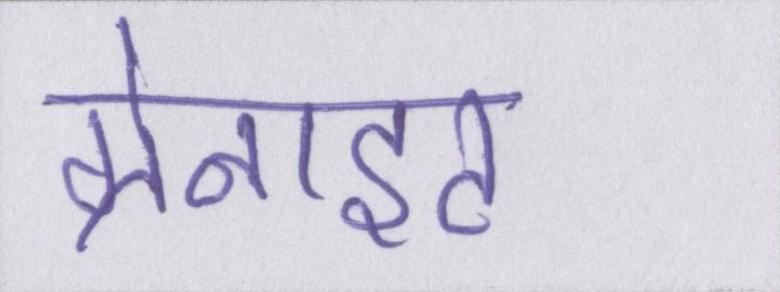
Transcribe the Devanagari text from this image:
ग्रेनाइट